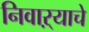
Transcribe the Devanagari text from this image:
निवाऱ्याचे